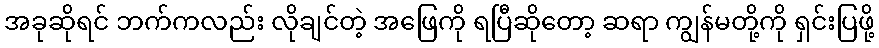
အခုဆိုရင် ဘက်ကလည်း လိုချင်တဲ့ အဖြေကို ရပြီဆိုတော့ ဆရာ ကျွန်မတို့ကို ရှင်းပြဖို့